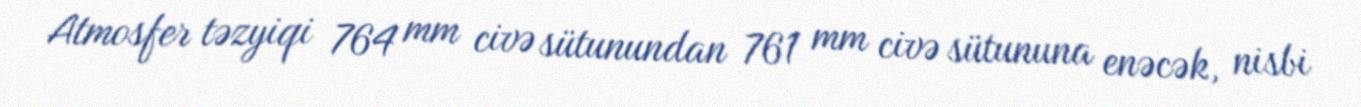
Atmosfer təzyiqi 764 mm civə sütunundan 761 mm civə sütununa enəcək, nisbi